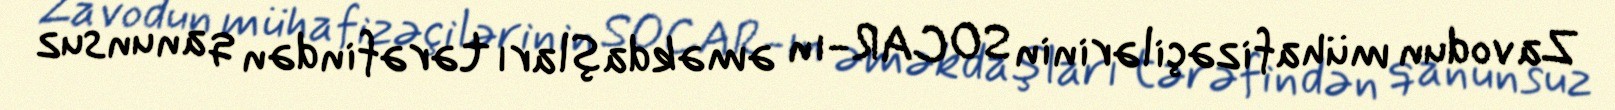
Zavodun mühafizəçilərinin SOCAR-ın əməkdaşları tərəfindən qanunsuz